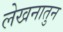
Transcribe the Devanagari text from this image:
लेखनातुन